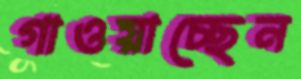
গাওয়াচ্ছেন